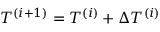
T ^ { ( i + 1 ) } = T ^ { ( i ) } + \Delta T ^ { ( i ) }